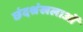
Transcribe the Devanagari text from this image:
छंदश्रंखलाओं